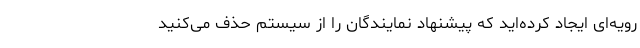
رویه‌ای ایجاد کرده‌اید که پیشنهاد نمایندگان را از سیستم حذف می‌کنید